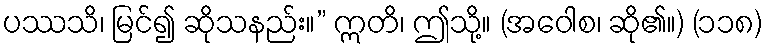
ပဿသိ၊ မြင်၍ ဆိုသနည်း။” ဣတိ၊ ဤသို့။ (အဝေါစ၊ ဆို၏။) (၁၁၈)